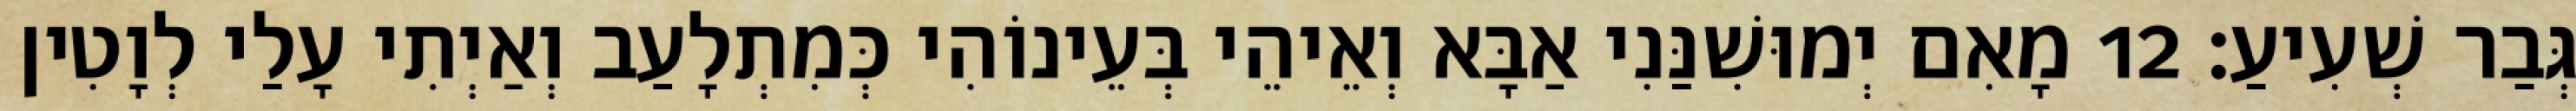
גְּבַר שְׁעִיעַ׃ 12 מָאִם יְמוּשִׁנַּנִי אַבָּא וְאֵיהֵי בְּעֵינוֹהִי כְּמִתְלָעַב וְאַיְתִי עָלַי לְוָטִין